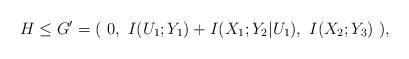
LaTeX: \begin{align*} H\leq G'=(\ 0,\ I(U_1;Y_1)+I(X_1;Y_2|U_1),\ I(X_2;Y_3) \ ),\end{align*}